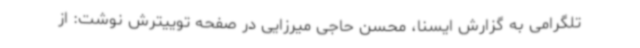
تلگرامی به گزارش ایسنا، محسن حاجی میرزایی در صفحه توییترش نوشت: از